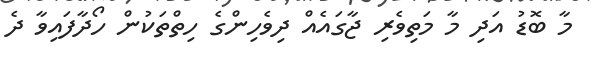
މާ ބޮޑު އަދި މާ މަތިވެރި ޖާގައެއް ދިވެހިންގެ ހިތްތަކުން ހޯދާފައިވާ ދެ